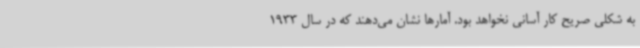
به شکلی صریح کار آسانی نخواهد بود. آمارها نشان می‌دهند که در سال 1933